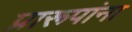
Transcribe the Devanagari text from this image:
प्रारूपांना